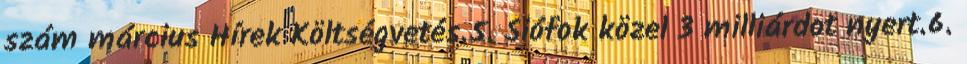
szám március Hírek Költségvetés.5. Siófok közel 3 milliárdot nyert.6.